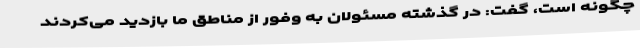
چگونه است، گفت: در گذشته مسئولان به وفور از مناطق ما بازدید می‌کردند